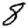
Digit: 8